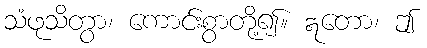
သံဖုသိတွာ၊ ကောင်းစွာတို့၍။ ဣတော၊ ဤ